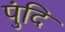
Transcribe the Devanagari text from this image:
पुंदि